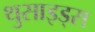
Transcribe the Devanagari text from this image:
थुसाइड्स